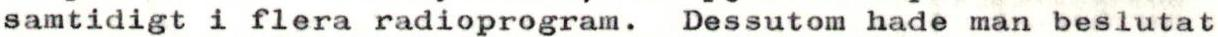
samtidigt i flera radioprogram. Dessutom hade man beslutat